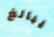
يبالغ